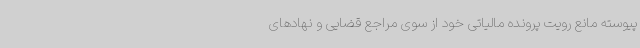
پیوسته مانع رویت پرونده مالیاتی خود از سوی مراجع قضایی و نهادهای